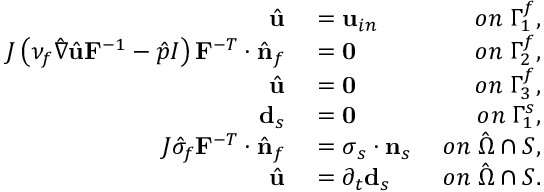
\begin{array} { r l r } { \hat { \mathbf { u } } } & { { } = \mathbf { u } _ { i n } \; } & { o n \; \Gamma _ { 1 } ^ { f } , } \\ { J \left( \nu _ { f } \hat { \nabla } \hat { \mathbf { u } } \mathbf { F } ^ { - 1 } - \hat { p } I \right) \mathbf { F } ^ { - T } \cdot \hat { \mathbf { n } } _ { f } } & { { } = \mathbf { 0 } \; } & { o n \; \Gamma _ { 2 } ^ { f } , } \\ { \hat { \mathbf { u } } } & { { } = \mathbf { 0 } \; } & { o n \; \Gamma _ { 3 } ^ { f } , } \\ { \mathbf { d } _ { s } } & { { } = \mathbf { 0 } \; } & { o n \; \Gamma _ { 1 } ^ { s } , } \\ { J \hat { \sigma } _ { f } \mathbf { F } ^ { - T } \cdot \hat { \mathbf { n } } _ { f } } & { { } = \boldsymbol { \sigma } _ { s } \cdot \mathbf { n } _ { s } \; } & { o n \; \hat { \Omega } \cap \cal S , } \\ { \hat { \mathbf { u } } } & { { } = \partial _ { t } \mathbf { d } _ { s } \; } & { o n \; \hat { \Omega } \cap \cal S . } \end{array}